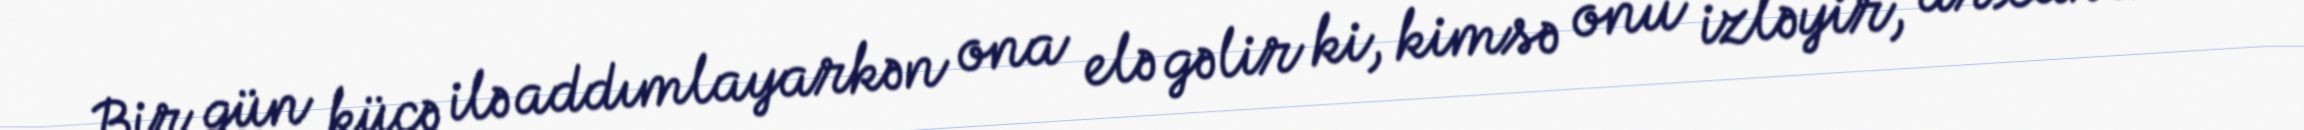
Bir gün küçə ilə addımlayarkən ona elə gəlir ki, kimsə onu izləyir, arxasına